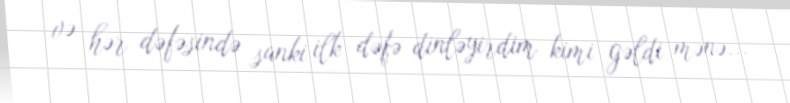
və hər dəfəsində sanki ilk dəfə dinləyirdim kimi gəldi mənə...